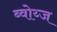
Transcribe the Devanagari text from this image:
ब्वोय्ज